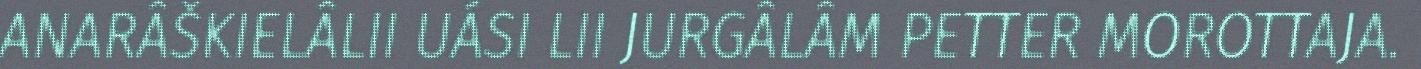
ANARÂŠKIELÂLII UÁSI LII JURGÂLÂM PETTER MOROTTAJA.